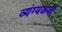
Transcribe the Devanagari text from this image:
व्यंग्यकवी